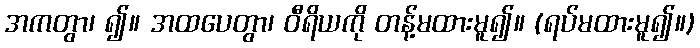
အကတွာ၊ ၍။ အထပေတွာ၊ ဝီရိယကို တန့်မထားမူ၍။ (ရပ်မထားမူ၍။)